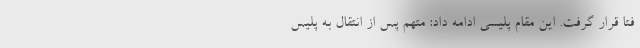
فتا قرار گرفت. این مقام پلیسی ادامه داد: متهم پس از انتقال به پلیس